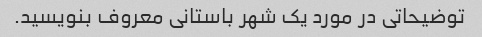
توضیحاتی در مورد یک شهر باستانی معروف بنویسید.